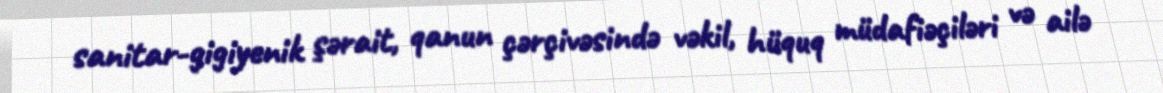
sanitar-gigiyenik şərait, qanun çərçivəsində vəkil, hüquq müdafiəçiləri və ailə